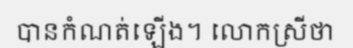
បានកំណត់ឡើង។ លោកស្រីថា